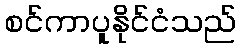
စင်ကာပူနိုင်ငံသည်